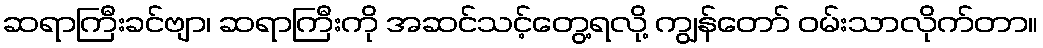
ဆရာကြီးခင်ဗျာ၊ ဆရာကြီးကို အဆင်သင့်တွေ့ရလို့ ကျွန်တော် ဝမ်းသာလိုက်တာ။